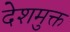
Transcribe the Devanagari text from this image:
देशमुक्त